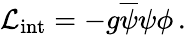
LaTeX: {\cal L}_{\mathrm{int}}=-g\overline{{{\psi}}}\psi\phi\, .